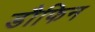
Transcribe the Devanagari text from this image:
डौफिन